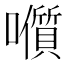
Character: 𭌭